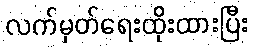
လက်မှတ်ရေးထိုးထားပြီး